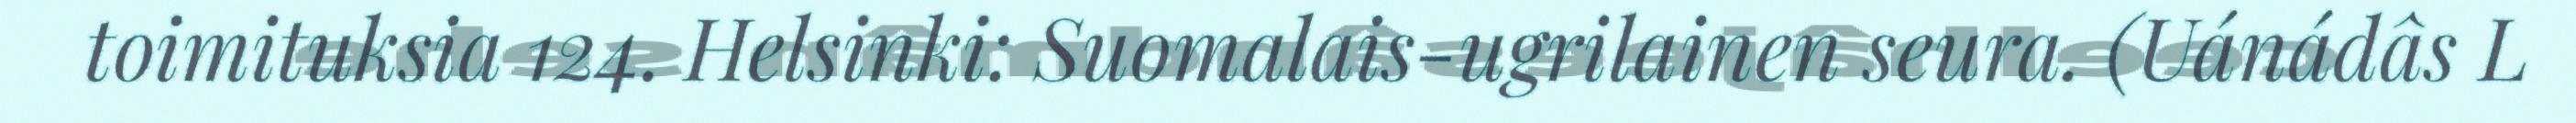
toimituksia 124. Helsinki: Suomalais-ugrilainen seura. (Uánádâs L